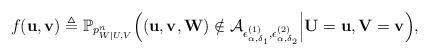
LaTeX: \begin{align*}f(\mathbf{u},\mathbf{v})\triangleq \mathbb{P}_{p^n_{W|U,V}}\Big((\mathbf{u},\mathbf{v},\mathbf{W})\notin\mathcal{A}_{\epsilon^{(1)}_{\alpha,\delta_1},\epsilon^{(2)}_{\alpha,\delta_2}}\Big|\mathbf{U}=\mathbf{u},\mathbf{V}=\mathbf{v}\Big),\end{align*}